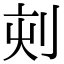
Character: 𠜇